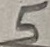
Text: 5